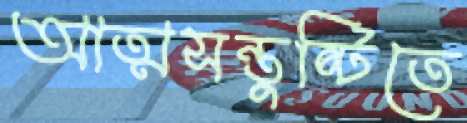
আত্মসন্তুষ্টিতে